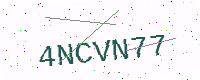
Text: 4NCVN77